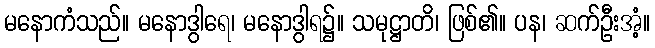
မနောကံသည်။ မနောဒွါရေ၊ မနောဒွါရ၌။ သမုဋ္ဌာတိ၊ ဖြစ်၏။ ပန၊ ဆက်ဦးအံ့။